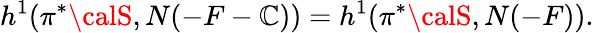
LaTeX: h^{1}(\pi^{*}{\calS},N(-F-\mathbb{C}))=h^{1}(\pi^{*}{\calS},N(-F)).